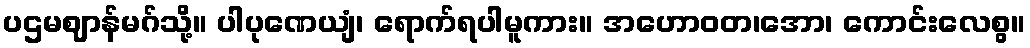
ပဌမဈာန်မဂ်သို့။ ပါပုဏေယျံ၊ ရောက်ရပါမူကား။ အဟောဝတ၊အော၊ ကောင်းလေစွ။